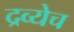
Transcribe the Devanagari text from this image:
द्रव्येच